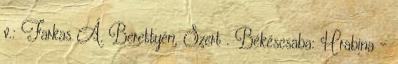
v.: Farkas Á. Berettyén, Szert . Békéscsaba: Hrabina –